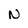
Character: N